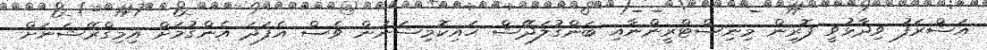
އަޝްރަފު ވިދާޅުވީ ފޮރިން މިނިސްޓްރީންނާއި ބަންގުލަދޭޝް ހައިކޮމިޝަނުން ވެސް އެފަދަ އެންގުމަށް އިމިގްރޭޝަނަށް